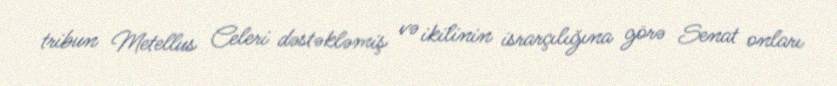
tribun Metellus Celeri dəstəkləmiş və ikilinin israrçılığına görə Senat onları